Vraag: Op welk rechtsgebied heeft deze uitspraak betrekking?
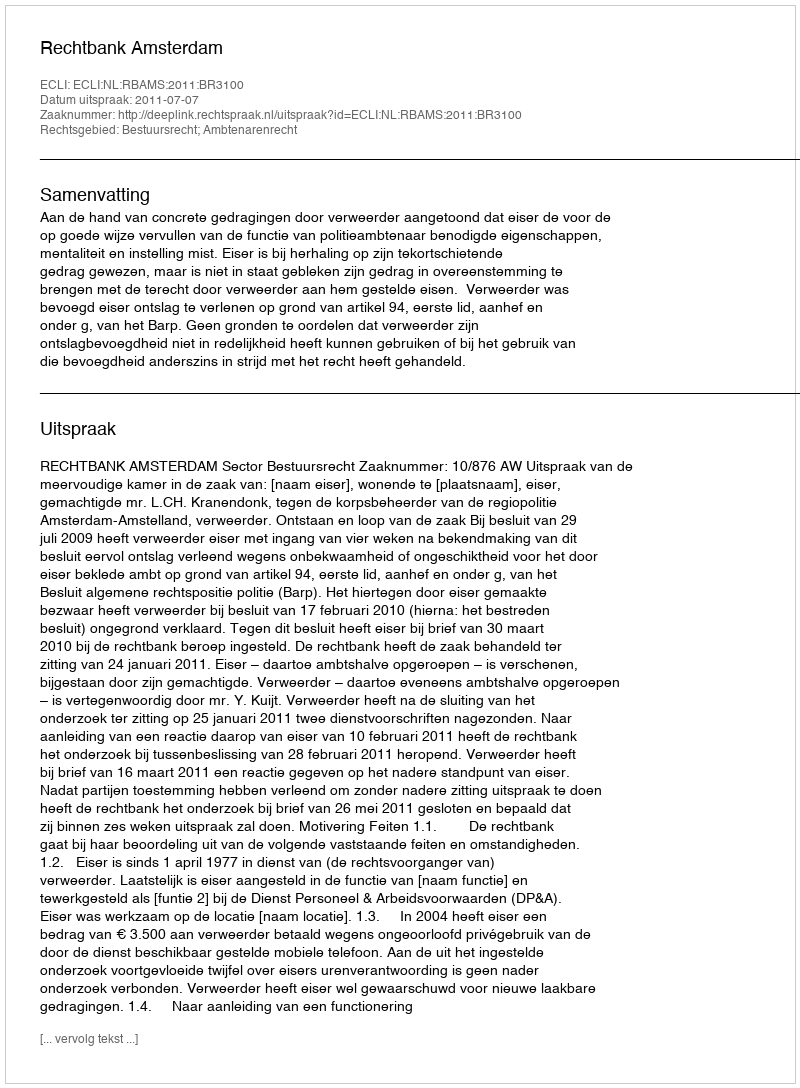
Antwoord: Bestuursrecht; Ambtenarenrecht